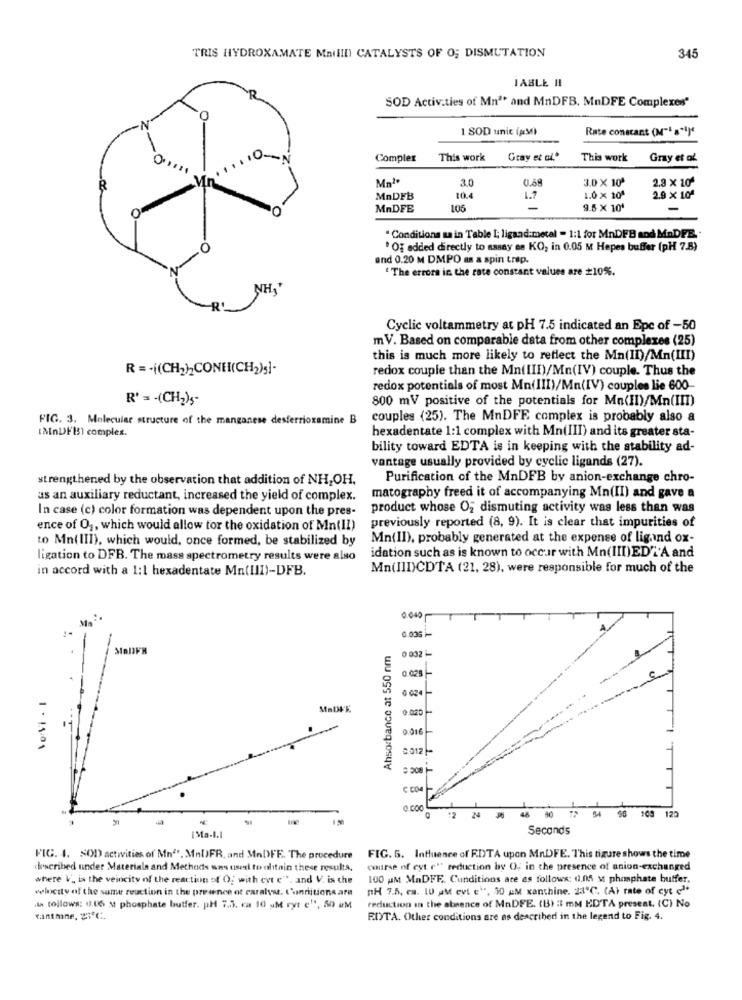
TRIS HYDROXAMATE MAIIII) CATALYSTS OF O; DISMUTATION
345
IABLE HI
SOD Activities of Mn1* and MnDFB. MnDFE Complexes"
1 SOD unic (ps)
Rate constant (r"'s")"
Complex
This work
Gray et al."
This work
Gray et al
3.0
0.68
3.0 X 10ª
2.9 X 10
MnDFB
10.4
1.7
1.0 × 101
2.9 X 10ª
MnDFE
106
-
9.5 x 10'
" Conditions sa in Table I; ligaad:metal - 1:1 for MnDFB and MaDFB. .
" Of added directly to assay en KO, in 0.05 M Hepes buffer (pH 7.8)
and 0.20 M DMPO as a spin trap.
" The errors in the rate constant values are #10%.
Cyclic voltammetry at pH 7.5 indicated an Epc of -50
m V. Based on comparable data from other complexes (25)
this is much more likely to reflect the Mn(II)/Mn(III)
R =- ((CH2),CONE(CH2)5]-
redox couple than the Mn(III)/Mn(IV) couple. Thus the
redox potentials of most Mn(III)/Mn(IV) couples lie 600-
R' = - (CH2)5-
800 mV positive of the potentials for Mn(II)/Mn(III)
FIG. 3. Molecular structure of the manganese desferrioxamine B
couples (25). The MnDFE complex is probably also a
[MnDF15) complex.
hexadentate 1:1 complex with Mn(III) and its greater sta-
bility toward EDTA is in keeping with the stability ad-
vantage usually provided by cyclic ligands (27).
strengthened by the observation that addition of NH,OH.
Purification of the MnDFB by anion-exchange chro-
as an auxiliary reductant, increased the yield of complex.
matography freed it of accompanying Mn(II) and gave a
In case (c) color formation was dependent upon the pres-
product whose Of dismuting activity was less than was
previously reported (8, 9). It is clear that impurities of
ence of 0 ,, which would allow for the oxidation of Mn(II)
to Mn(III), which would, once formed, be stabilized by
Mn(II), probably generated at the expense of lig and ox-
ligation to DFB. The mass spectrometry results were also
idation such as is known to occur with Mn(III)EDT'A and
in accord with a 1:1 hexadentate Mn(III)-DFB.
Mn(III)CDTA (21, 28), were responsible for much of the
0.000
0.035
StallFW
Ahsorbance at 550 nm
0 032-
0.025
0 624
2016
3.012
3 508-
C COM
o co
34
1.90
24
48
40
98 109 123
Seconds
¡Ma-1.1
FIG. I. SOD activities of Mn"". MnDFR, and MnDFE. The procedure
FIG. 5. Influence of RDTA upon MnDFE. This tigure shows the time
described under Materials and Methods was used to alitain these results,
course of cyt e'' reduction by O, in the presence of anion-exchanged
where V. is the veincity of the reaction of O, with cyt e"", and V. is the
100 AM MADFE Cunditions are as follows: d.05 M phosphate buffer.
velocity of the same reaction in the presence ot caralyst. t'onriitions are
nH 7.5, ca. 10 UM evi e"", 30 AM xanthine. 23'℃. (A) rate of cyt c1.
reduction in the absence of MnDFE. (B) :3 mM EDTA present. (C) No
.ta follows: u.U6 Mt phosphate butfer. pl 7.3. ca 10 uM ryt e", 50 uM
fantmine, 21℃.
EDTA. Other conditions are as described in the legend to Fig. 4.